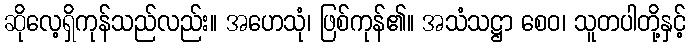
ဆိုလေ့ရှိကုန်သည်လည်း။ အဟေသုံ၊ ဖြစ်ကုန်၏။ အသံသဋ္ဌာ စေဝ၊ သူတပါတို့နှင့်